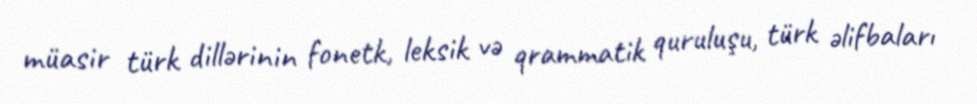
müasir türk dillərinin fonetk, leksik və qrammatik quruluşu, türk əlifbaları